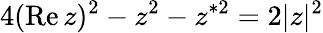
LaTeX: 4(\mathrm{Re}\, z)^{2}-z^{2}-z^{*2}=2|z|^{2}